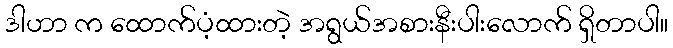
ဒါဟာ က ထောက်ပံ့ထားတဲ့ အရွယ်အစားနီးပါးလောက် ရှိတာပါ။